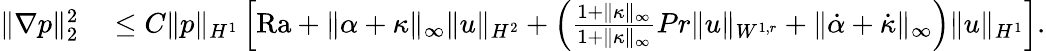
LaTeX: \begin{array}{rl}{\| \nabla p\| _{2}^{2}}&{{}\leq C\| p\| _{H^{1}}\left[\mathrm{{Ra}}+\| \alpha+\kappa\| _{\infty}\| u\| _{H^{2}}+\left(\frac{1+\| \kappa\| _{\infty}}{1+\| \kappa\| _{\infty}}{{Pr}}\| u\| _{W^{1,r}}+\| \dot{\alpha}+\dot{\kappa}\| _{\infty}\right)\| u\| _{H^{1}}\right].}\end{array}